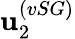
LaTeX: \mathbf{u}_{2}^{(vSG)}